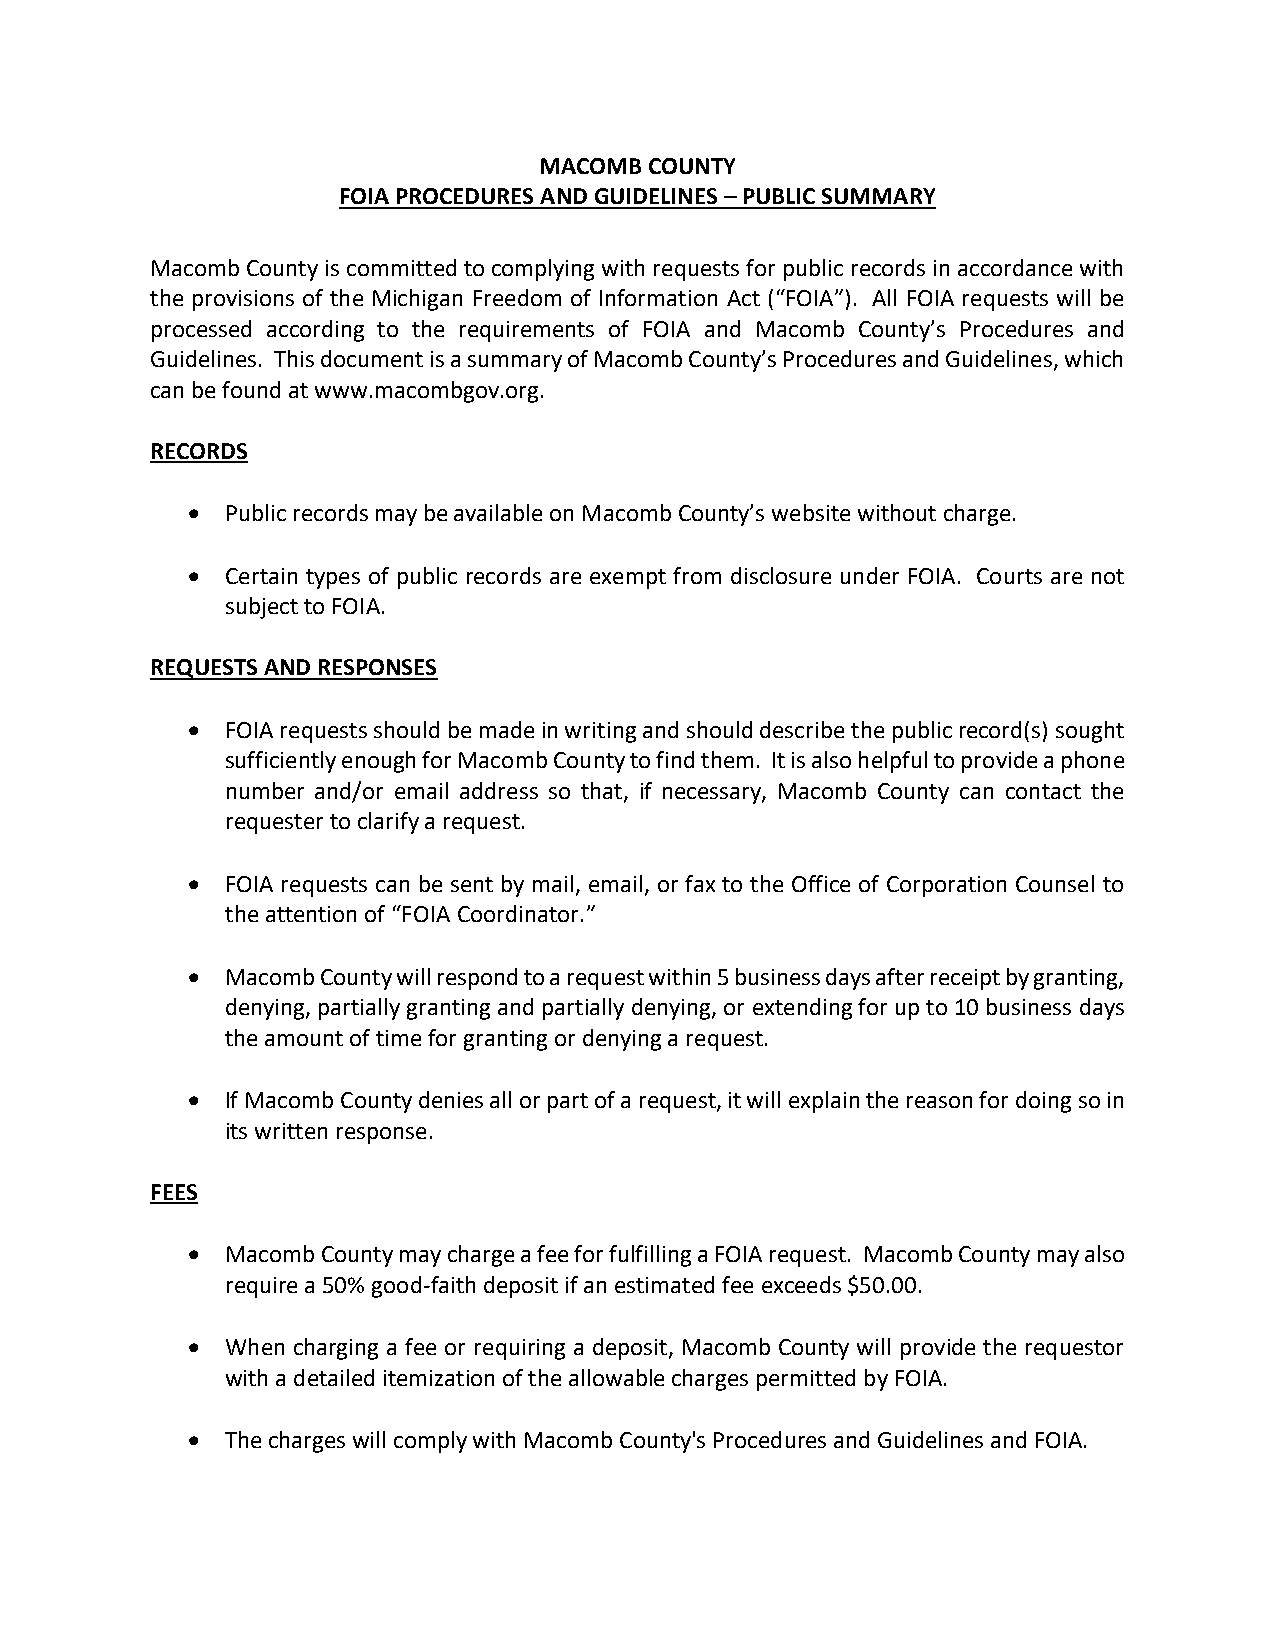
MACOMB COUNTY
 FOIA PROCEDURES AND GUIDELINES – PUBLIC SUMMARY
 Macomb County is committed to complying with requests for public records in accordance with
 the provisions of the Michigan Freedom of Information Act (“FOIA”). All FOIA requests will be
 processed according to the requirements of FOIA and Macomb County’s Procedures and
 Guidelines. This document is a summary of Macomb County’s Procedures and Guidelines, which
 can be found at www.macombgov.org.
 RECORDS
   Public records may be available on Macomb County’s website without charge.
   Certain types of public records are exempt from disclosure under FOIA. Courts are not
 subject to FOIA.
 REQUESTS AND RESPONSES
   FOIA requests should be made in writing and should describe the public record(s) sought
 sufficiently enough for Macomb County to find them. It is also helpful to provide a phone
 number and/or email address so that, if necessary, Macomb County can contact the
 requester to clarify a request.
   FOIA requests can be sent by mail, email, or fax to the Office of Corporation Counsel to
 the attention of “FOIA Coordinator.”
   Macomb County will respond to a request within 5 business days after receipt by granting,
 denying, partially granting and partially denying, or extending for up to 10 business days
 the amount of time for granting or denying a request.
   If Macomb County denies all or part of a request, it will explain the reason for doing so in
 its written response.
 FEES
   Macomb County may charge a fee for fulfilling a FOIA request. Macomb County may also
 require a 50% good-faith deposit if an estimated fee exceeds $50.00.
   When charging a fee or requiring a deposit, Macomb County will provide the requestor
 with a detailed itemization of the allowable charges permitted by FOIA.
   The charges will comply with Macomb County's Procedures and Guidelines and FOIA.